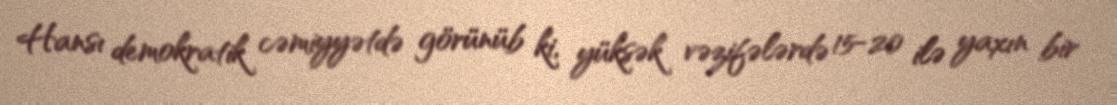
Hansı demokratik cəmiyyətdə görünüb ki, yüksək vəzifələrdə 15-20 ilə yaxın bir